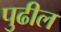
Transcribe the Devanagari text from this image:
पुुढील